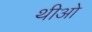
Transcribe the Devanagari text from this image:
थीओ